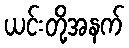
ယင်းတို့အနက်